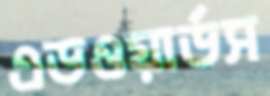
এডওয়ার্ডস